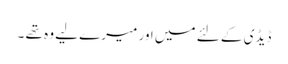
ڈیڈی کے لئے میں اور میرے لیے وہ تھے ۔